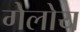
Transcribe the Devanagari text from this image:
गेलोय